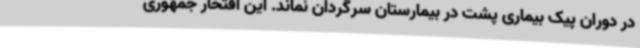
در دوران پیک بیماری پشت در بیمارستان سرگردان نماند. این افتخار جمهوری